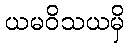
ယမဝိသယမှိ